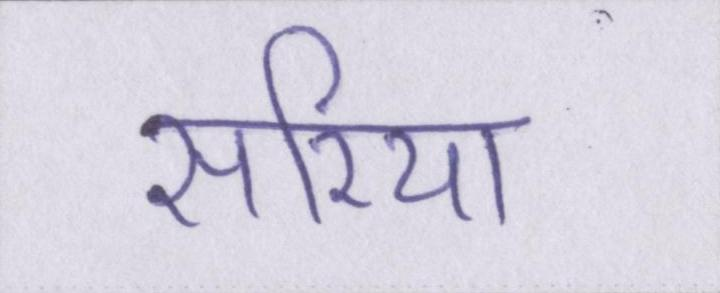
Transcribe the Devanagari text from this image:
सरिया